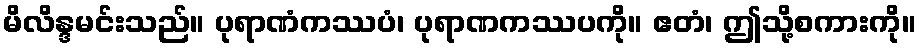
မိလိန္ဒမင်းသည်။ ပုရာဏံကဿပံ၊ ပုရာဏကဿပကို။ ဧတံ၊ ဤသို့စကားကို။